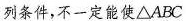
列条件，不一定能使$$△ A B C